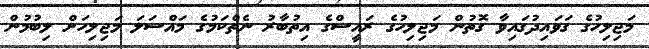
މަޖިލިހުގެ ގަވައިދުގައިވާ ގޮތުން މަޖިލިހުގެ ރައީސްގެ އިތުބާރު ނެތްކަމުގެ މައްސަލަ މަޖިލިހަށް ލިބުމުން